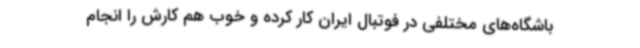
باشگاه‌های مختلفی در فوتبال ایران کار کرده و خوب هم کارش را انجام